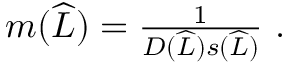
\begin{array} { r } { m ( \widehat { L } ) = \frac { 1 } { D ( \widehat { L } ) s ( \widehat { L } ) } \ . } \end{array}